Senior Leaving Certificate Examination (including Day School Certificate (Higher) General paper), 1947
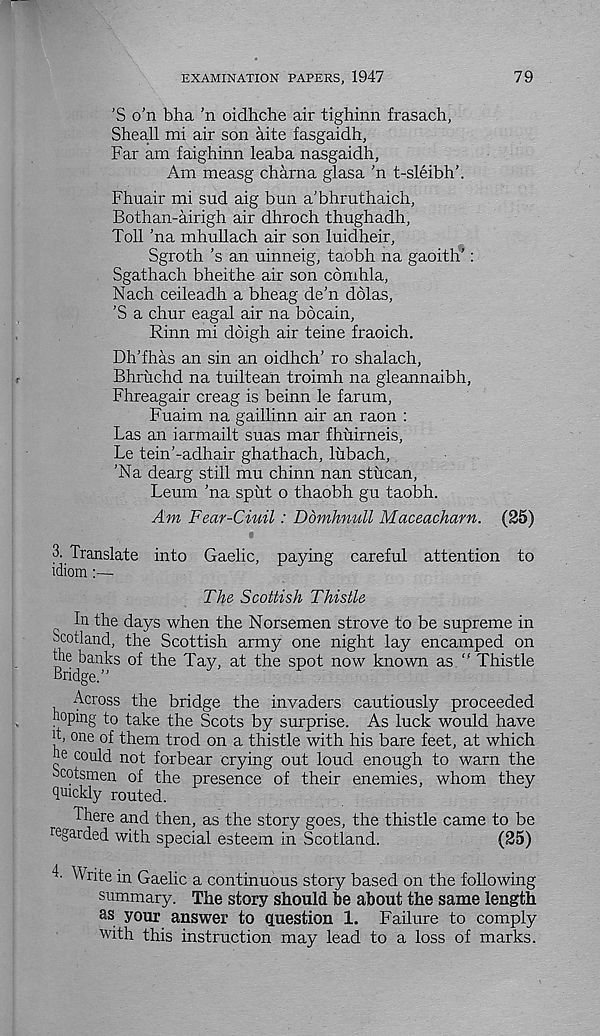
EXAMINATION PAPERS, 1947
79
'S o’n bha 'n oidhche air tighinn frasach,
Sheall mi air son aite fasgaidh,
Far am faighinn leaba nasgaidh.
Am measg charna glasa 'n t-sleibh’.
Fhuair mi sud aig bun a’bhruthaich,
Bothan-airigh air dhroch thughadh,
Toll 'na mhullach air son luidheir,
Sgroth ’s an uinneig, taobh na gaoith’:
Sgathach bheithe air son comhla,
Nach ceileadh a bheag de’n dolas,
’S a chur eagal air na bocain,
Rinn mi doigh air teine fraoich.
Dh’fhas an sin an oidhch’ ro shalach,
Bhriichd na tuiltean troimh na gleannaibh,
Fhreagair creag is beinn le farum,
Fuaim na gaillinn air an raon :
Las an iarmailt suas mar fhuirneis,
Le tein'-adhair ghathach, lubach,
’Na dearg still mu chinn nan stucan,
Leum ’na sput o thaobh gu taobh.
Am Fear-Ciuil: Ddmhnull Maceacharn. (25)
3. Translate into Gaelic, paying careful attention to
idiom:—
The Scottish Thistle
the days when the Norsemen strove to be supreme in
Scotland, the Scottish army one night lay encamped on
the banks of the Tay, at the spot now known as “ Thistle
Bridge.”
Across the bridge the invaders cautiously proceeded
hoping to take the Scots by surprise. As luck would have
T one of them trod on a thistle with his bare feet, at which
he could not forbear crying out loud enough to warn the
Scotsmen of the presence of their enemies, whom they
quickly routed.
There and then, as the story goes, the thistle came to be
regarded with special esteem in Scotland.
(25)
L Write in Gaelic a continuous story based on the following
summary. The story should be about the same length
as your answer to question 1. Failure to comply
with this instruction may lead to a loss of marks.